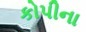
કોપીના